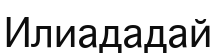
Илиададай